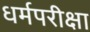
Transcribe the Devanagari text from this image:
धर्मपरीक्षा